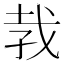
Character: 𪭋